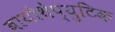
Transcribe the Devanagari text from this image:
बायोथेप्युटिक